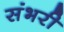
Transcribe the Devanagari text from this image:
संभरी